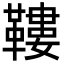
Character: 鞻